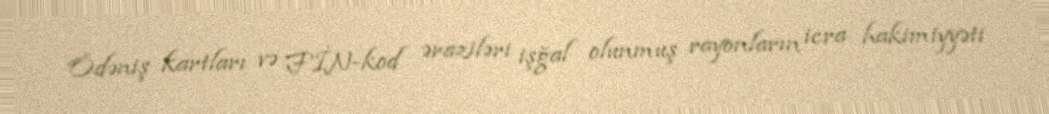
Ödəniş kartları və FİN-kod əraziləri işğal olunmuş rayonların icra hakimiyyəti